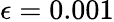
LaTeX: \epsilon=0.001